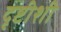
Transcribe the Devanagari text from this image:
दृष्टीशी